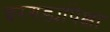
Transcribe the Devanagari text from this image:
बरगड्यांपेक्षा